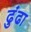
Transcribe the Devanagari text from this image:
ढुंढा